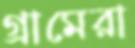
গ্রামেরা